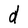
Character: d